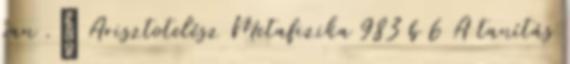
van .” Arisztotelész Metafizika 983 b 6 A tanítás